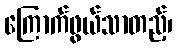
ကြောက်ဖွယ်သာတည့်၊